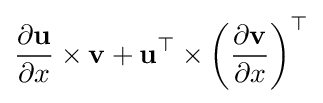
{\frac {\partial \mathbf {u} }{\partial x}}\times \mathbf {v} +\mathbf {u} ^{\top }\times \left({\frac {\partial \mathbf {v} }{\partial x}}\right)^{\top }